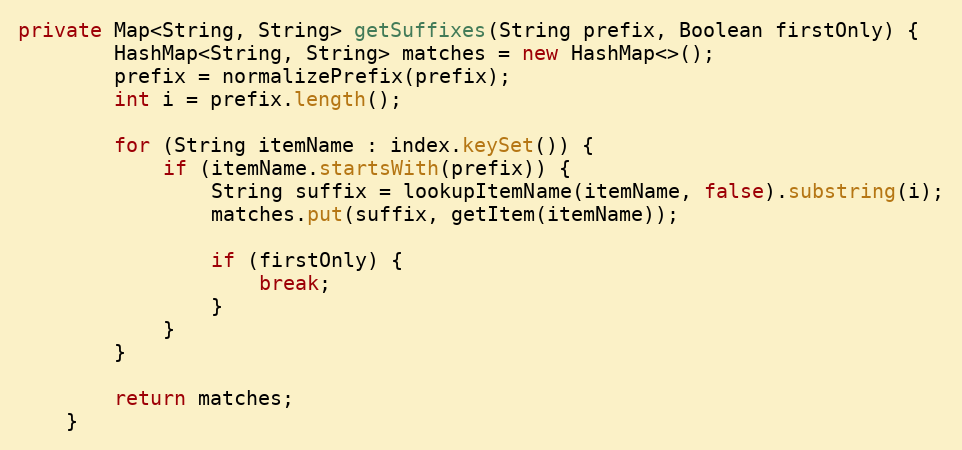
Language: Java
private Map<String, String> getSuffixes(String prefix, Boolean firstOnly) {
        HashMap<String, String> matches = new HashMap<>();
        prefix = normalizePrefix(prefix);
        int i = prefix.length();

        for (String itemName : index.keySet()) {
            if (itemName.startsWith(prefix)) {
                String suffix = lookupItemName(itemName, false).substring(i);
                matches.put(suffix, getItem(itemName));

                if (firstOnly) {
                    break;
                }
            }
        }

        return matches;
    }